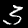
Digit: 3